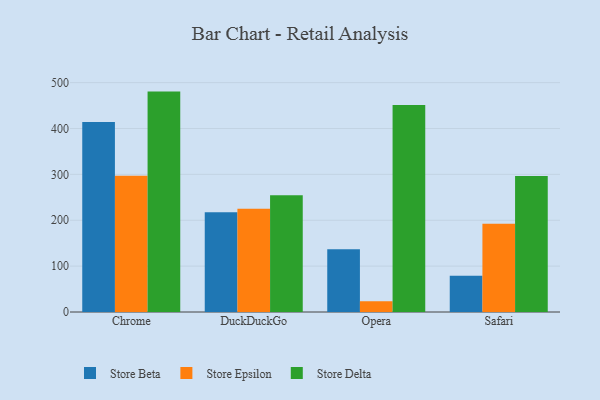
{"axis": {"x": "Browser", "y": "Website Visitors"}, "legend": ["Store Beta", "Store Delta", "Store Epsilon"], "data": [{"x": "Chrome", "y": 414.3, "type": "Store Beta"}, {"x": "Chrome", "y": 296.8, "type": "Store Epsilon"}, {"x": "Chrome", "y": 480.4, "type": "Store Delta"}, {"x": "DuckDuckGo", "y": 217.4, "type": "Store Beta"}, {"x": "DuckDuckGo", "y": 224.8, "type": "Store Epsilon"}, {"x": "DuckDuckGo", "y": 254.3, "type": "Store Delta"}, {"x": "Opera", "y": 137.0, "type": "Store Beta"}, {"x": "Opera", "y": 23.3, "type": "Store Epsilon"}, {"x": "Opera", "y": 451.4, "type": "Store Delta"}, {"x": "Safari", "y": 79.1, "type": "Store Beta"}, {"x": "Safari", "y": 192.4, "type": "Store Epsilon"}, {"x": "Safari", "y": 296.7, "type": "Store Delta"}]}